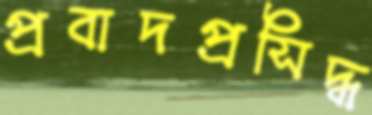
প্রবাদপ্রসিদ্ধ